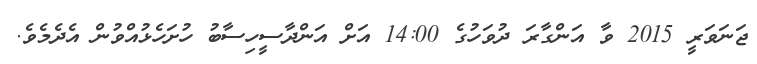
ޖަނަވަރީ 2015 ވާ އަންގާރަ ދުވަހުގެ 14:00 އަށް އަންދާސީހިސާބު ހުށަހެޅުއްވުން އެދެމެވެ.